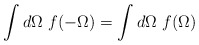
\begin{align*}\int d \Omega ~ f(-\Omega) = \int d\Omega ~ f(\Omega)\end{align*}